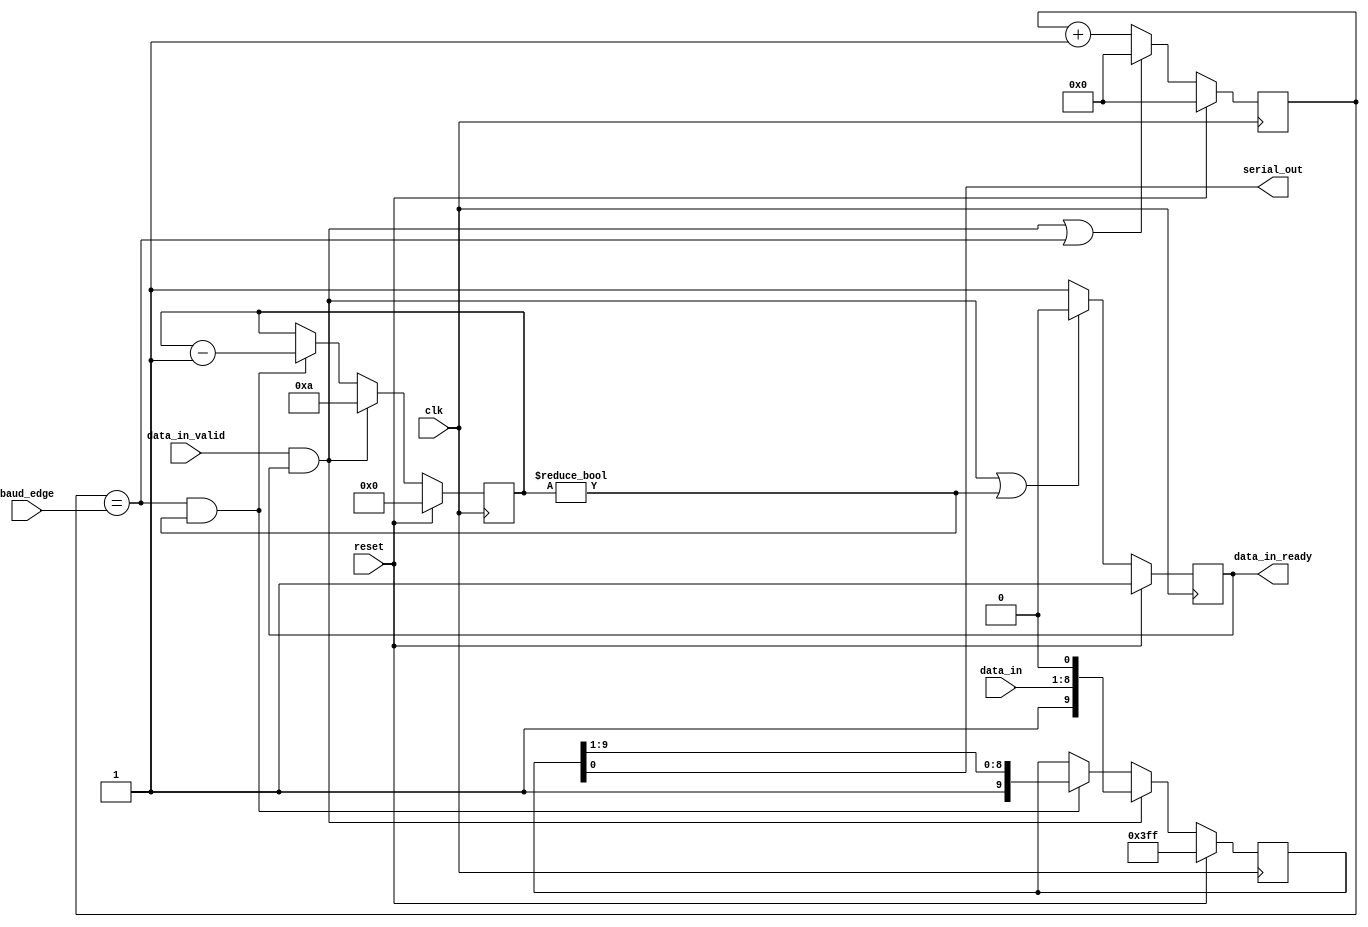
//From UCB EECS-151 FPGA Lab/Project

module uart_transmitter #(
    parameter CLOCK_FREQ = 125_000_000,
    parameter MIN_BDRT = 9_600,
    parameter BAUD_BITS = $clog2((CLOCK_FREQ+(MIN_BDRT/2)-1) / (MIN_BDRT/2))
)(
    input clk,
    input reset,

    input [BAUD_BITS-1:0] baud_edge,

    input [7:0] data_in,
    input data_in_valid,
    output data_in_ready,

    output serial_out
);
    //with baud_edge input
    localparam CLOCK_COUNTER_WIDTH = BAUD_BITS;

    //--|Declare|--

    wire cb_symbol_edge;
    wire cb_start;
    wire cb_tx_running;

    reg [9:0] rg_tx_shfit;
    reg [3:0] rg_bit_counter;
    reg [CLOCK_COUNTER_WIDTH-1:0] rg_clock_counter;
    
    reg rg_din_rdy;

    //--|CB Assign|--
    
    assign serial_out = rg_tx_shfit[0];
    assign data_in_ready = rg_din_rdy;

    //assign cb_symbol_edge   = rg_clock_counter == SYMBOL_EDGE_TIME;
    assign cb_symbol_edge   = rg_clock_counter == baud_edge; //with baud_edge input

    assign cb_start         = data_in_valid & data_in_ready;
    assign cb_tx_running    = rg_bit_counter != 4'h0;

    //--|SQ Always|--

    always @ (posedge clk) begin
        if(reset) begin
            rg_clock_counter <= 0;
        end
        else begin 
            rg_clock_counter <= (cb_start || cb_symbol_edge) ? 0 : rg_clock_counter + 1;
        end
    end

    always@(posedge clk) begin
        if(reset) begin
            rg_bit_counter <= 'h0;
        end
        else begin
            if(cb_start) begin
                rg_bit_counter <= 'd10;
            end
            else if(cb_symbol_edge&cb_tx_running) begin
                rg_bit_counter <= rg_bit_counter - 4'h1;
            end
        end
    end

    always@(posedge clk) begin
        if(reset) begin
            rg_tx_shfit <= 10'h3FF;
        end
        else begin
            if(cb_start) begin
                rg_tx_shfit <= {1'b1, data_in, 1'b0};
            end
            else if(cb_symbol_edge&cb_tx_running) begin
                rg_tx_shfit <= {1'b1, rg_tx_shfit[1+:9]};
            end
        end
    end

    always@(posedge clk) begin
        if(reset) begin
            rg_din_rdy <= 1'b1;
        end
        else begin
            if(cb_start || cb_tx_running) begin
                rg_din_rdy <= 1'b0;
            end
            else begin
                rg_din_rdy <= 1'b1;
            end
        end
    end

endmodule